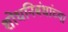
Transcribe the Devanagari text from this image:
शोधनिबंधांच्या